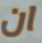
ان